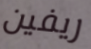
ريفين